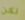
لكن